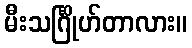
မီးသင်္ဂြိုဟ်တာလား။